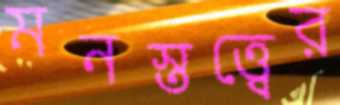
মনস্তত্ত্বের